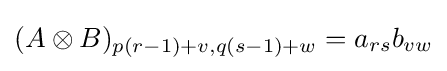
(A\otimes B)_{p(r-1)+v,q(s-1)+w}=a_{rs}b_{vw}